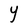
Character: Y